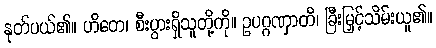
နုတ်ပယ်၏။ ဟိတေ၊ စီးပွားရှိသူတို့ကို။ ဥပဂ္ဂဏှာတိ၊ ခြီးမြှင့်သိမ်းယူ၏။